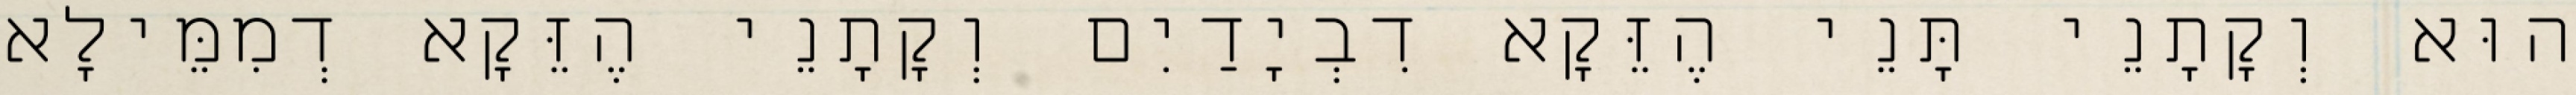
הוּא וְקָתָנֵי תָּנֵי הֶזֵּקָא דִבְיָדַיִם וְקָתָנֵי הֶזֵּקָא דְמִמֵּילָא